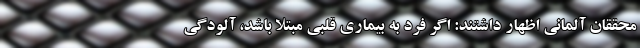
محققان آلمانی اظهار داشتند: اگر فرد به بیماری قلبی مبتلا باشد، آلودگی